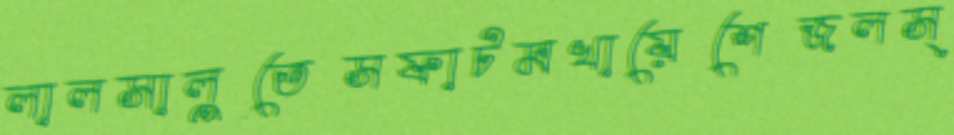
লালসালুতেসফাটমখায়েশেজলস্